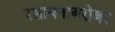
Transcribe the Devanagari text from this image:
रसायनाबरोबर